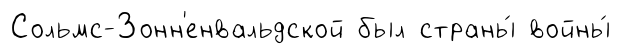
Сольмс-Зонн'енвальдской был страны́ войны́